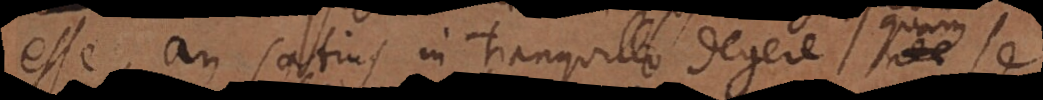
esse, an satius tranquillo degere quam se